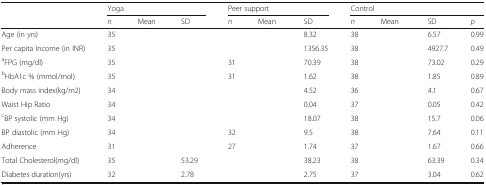
<table><thead><tr><td rowspan="2">[EMPTY_CELL]</td><td colspan="3"><b>Yoga</b></td><td colspan="3"><b>Peer support</b></td><td colspan="4"><b>Control</b></td></tr><tr><td><b><i>n</i></b></td><td><b>Mean</b></td><td><b>SD</b></td><td><b><i>n</i></b></td><td><b>Mean</b></td><td><b>SD</b></td><td><b><i>n</i></b></td><td><b>Mean</b></td><td><b>SD</b></td><td><b><i>p</i></b></td></tr></thead><tbody><tr><td>Age (in yrs)</td><td>35</td><td>[EMPTY_CELL]</td><td>[EMPTY_CELL]</td><td>[EMPTY_CELL]</td><td>[EMPTY_CELL]</td><td>8.32</td><td>38</td><td>[EMPTY_CELL]</td><td>6.57</td><td>0.99</td></tr><tr><td>Per capita Income (in INR)</td><td>35</td><td>[EMPTY_CELL]</td><td>[EMPTY_CELL]</td><td>[EMPTY_CELL]</td><td>[EMPTY_CELL]</td><td>1356.35</td><td>38</td><td>[EMPTY_CELL]</td><td>4927.7</td><td>0.49</td></tr><tr><td><sup>a</sup>FPG (mg/dl)</td><td>35</td><td>[EMPTY_CELL]</td><td>[EMPTY_CELL]</td><td>31</td><td>[EMPTY_CELL]</td><td>70.39</td><td>38</td><td>[EMPTY_CELL]</td><td>73.02</td><td>0.29</td></tr><tr><td><sup>b</sup>HbA1c % (mmol/mol)</td><td>35</td><td>[EMPTY_CELL]</td><td>[EMPTY_CELL]</td><td>31</td><td>[EMPTY_CELL]</td><td>1.62</td><td>38</td><td>[EMPTY_CELL]</td><td>1.85</td><td>0.89</td></tr><tr><td>Body mass index(kg/m2)</td><td>34</td><td>[EMPTY_CELL]</td><td>[EMPTY_CELL]</td><td>[EMPTY_CELL]</td><td>[EMPTY_CELL]</td><td>4.52</td><td>36</td><td>[EMPTY_CELL]</td><td>4.1</td><td>0.67</td></tr><tr><td>Waist Hip Ratio</td><td>34</td><td>[EMPTY_CELL]</td><td>[EMPTY_CELL]</td><td>[EMPTY_CELL]</td><td>[EMPTY_CELL]</td><td>0.04</td><td>37</td><td>[EMPTY_CELL]</td><td>0.05</td><td>0.42</td></tr><tr><td><sup>c</sup>BP systolic (mm Hg)</td><td>34</td><td>[EMPTY_CELL]</td><td>[EMPTY_CELL]</td><td>[EMPTY_CELL]</td><td>[EMPTY_CELL]</td><td>18.07</td><td>38</td><td>[EMPTY_CELL]</td><td>15.7</td><td>0.06</td></tr><tr><td>BP diastolic (mm Hg)</td><td>34</td><td>[EMPTY_CELL]</td><td>[EMPTY_CELL]</td><td>32</td><td>[EMPTY_CELL]</td><td>9.5</td><td>38</td><td>[EMPTY_CELL]</td><td>7.64</td><td>0.11</td></tr><tr><td>Adherence</td><td>31</td><td>[EMPTY_CELL]</td><td>[EMPTY_CELL]</td><td>27</td><td>[EMPTY_CELL]</td><td>1.74</td><td>37</td><td>[EMPTY_CELL]</td><td>1.67</td><td>0.66</td></tr><tr><td>Total Cholesterol(mg/dl)</td><td>35</td><td>[EMPTY_CELL]</td><td>53.29</td><td>[EMPTY_CELL]</td><td>[EMPTY_CELL]</td><td>38.23</td><td>38</td><td>[EMPTY_CELL]</td><td>63.39</td><td>0.34</td></tr><tr><td>Diabetes duration(yrs)</td><td>32</td><td>[EMPTY_CELL]</td><td>2.78</td><td>[EMPTY_CELL]</td><td>[EMPTY_CELL]</td><td>2.75</td><td>37</td><td>[EMPTY_CELL]</td><td>3.04</td><td>0.62</td></tr></tbody></table>